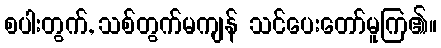
စပါးတွက်, သစ်တွက်မကျန် သင်ပေးတော်မူကြ၏။